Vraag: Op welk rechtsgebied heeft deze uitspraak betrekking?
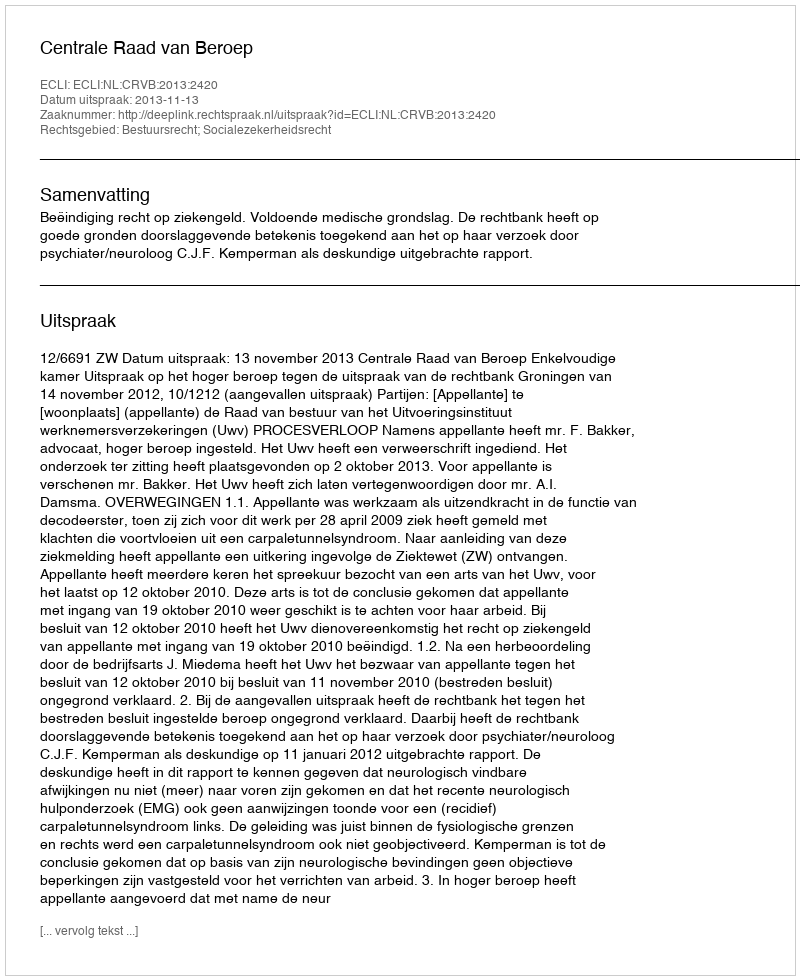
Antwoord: Bestuursrecht; Socialezekerheidsrecht